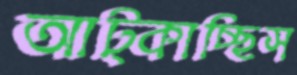
আট্‌কাচ্ছিস